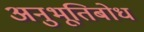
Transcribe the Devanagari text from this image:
अनुभूतिबोध